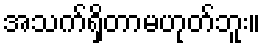
အသက်ရှိတာမဟုတ်ဘူး။